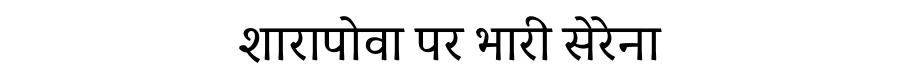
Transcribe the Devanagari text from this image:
शारापोवा पर भारी सेरेना